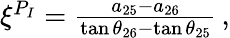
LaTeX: \begin{array}{r}{\xi^{P_{I}}=\frac{a_{25}-a_{26}}{\tan{\theta_{26}}-\tan{\theta_{25}}}\, ,}\end{array}